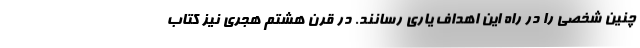
چنین شخصی را در راه این اهداف یاری رسانند. در قرن هشتم هجری نیز کتاب